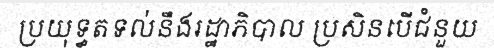
ប្រយុទ្ធតទល់នឹងរដ្ឋាភិបាល ប្រសិនបើជំនួយ